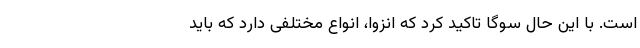
است. با این حال سوگا تاکید کرد که انزوا، انواع مختلفی دارد که باید